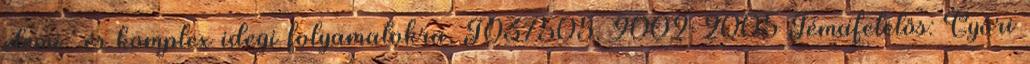
elemi- és komplex idegi folyamatokra, T037505, 2002-2005 Témafelelős: Győri